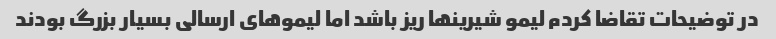
در توضیحات تقاضا کردم لیمو شیرینها ریز باشد اما لیموهای ارسالی بسیار بزرگ بودند